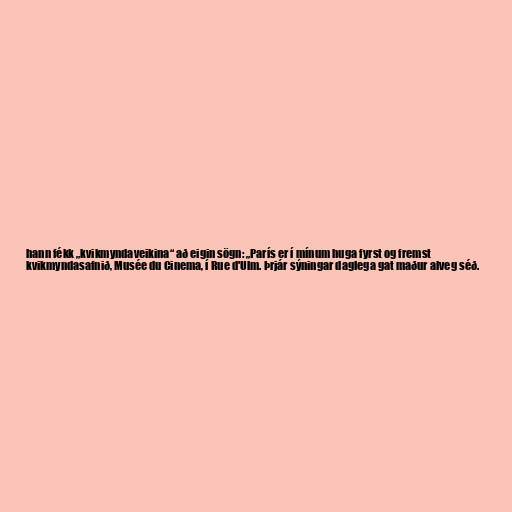
hann fékk „kvikmyndaveikina“ að eigin sögn: „París er í mínum huga fyrst og fremst
kvikmyndasafnið, Musée du Cinema, í Rue d'Ulm. Þrjár sýningar daglega gat maður alveg séð.